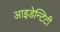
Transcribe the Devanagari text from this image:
आइडेन्टिटी